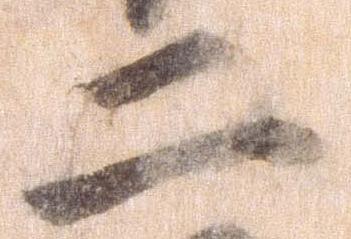
二